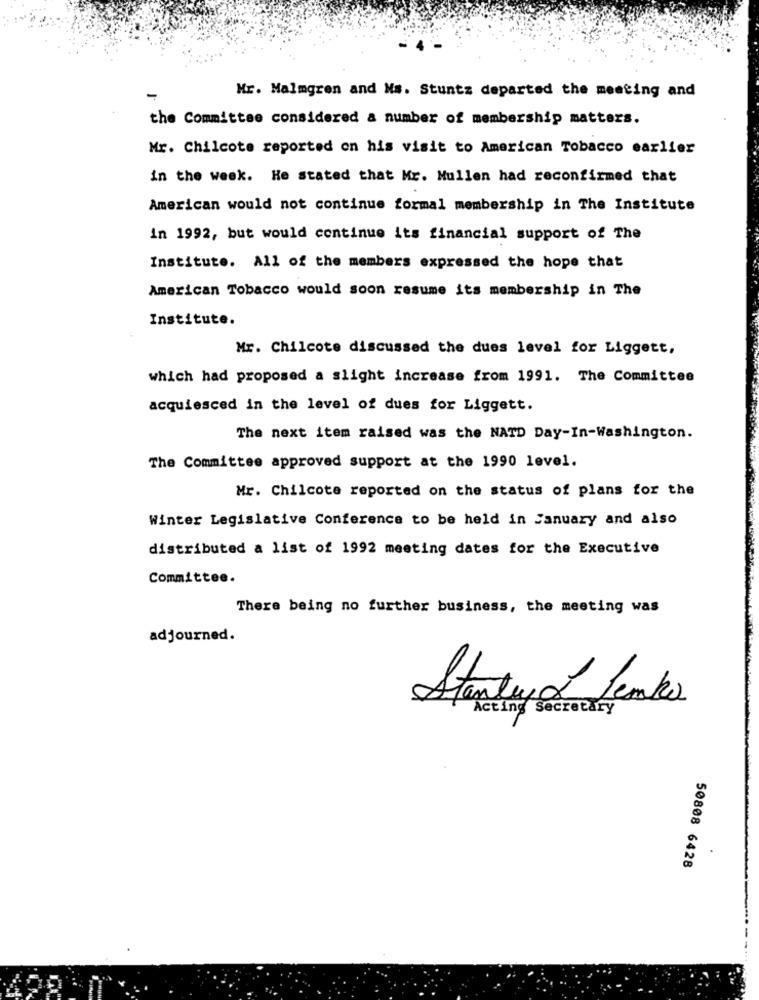
Mr. Malmgren and Ms. Stuntz departed the meeting and
the Committee considered a number of membership matters.
Mr. Chilcote reported on his visit to American Tobacco earlier
in the week. He stated that Mr. Mullen had reconfirmed that
American would not continue formal membership in The Institute
in 1992, but would continue its financial support of The
Institute. All of the members expressed the hope that
American Tobacco would soon resume its membership in The
Institute.
Mr. Chilcote discussed the dues level for Liggett,
which had proposed a slight increase from 1991. The Committee
acquiesced in the level of dues for Liggett.
The next item raised was the NATD Day-In-Washington.
The Committee approved support at the 1990 level.
Mr. Chilcote reported on the status of plans for the
Winter Legislative Conference to be held in January and also
distributed a list of 1992 meeting dates for the Executive
Committee.
There being no further business, the meeting was
adjourned.
Stanley L Jenko
Acting Secretary
50808 6428